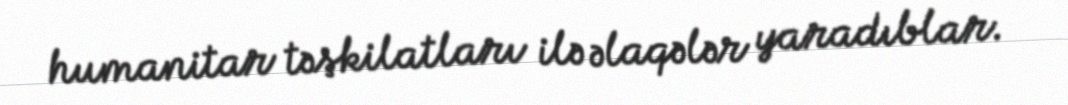
humanitar təşkilatları ilə əlaqələr yaradıblar.